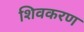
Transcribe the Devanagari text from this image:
शिवकरण